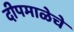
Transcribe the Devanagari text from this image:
दीपमाळेचे